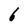
Character: 6